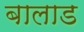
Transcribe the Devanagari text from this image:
बालाड